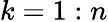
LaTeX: k=1:n